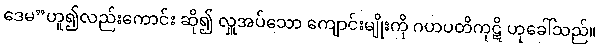
ဒေမ”ဟူ၍လည်းကောင်း ဆို၍ လှူအပ်သော ကျောင်းမျိုးကို ဂဟပတိကုဋိ ဟုခေါ်သည်။